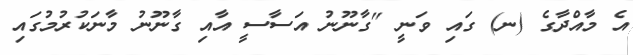
އެ މާއްދާގެ (ނ) ގައި ވަނީ "ގާނޫނު އަސާސީ އާއި ގާނޫނު މާނަކުރުމުގައި